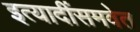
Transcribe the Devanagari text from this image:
इत्यादींसमवेत